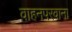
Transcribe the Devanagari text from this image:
वाहनपरवाना